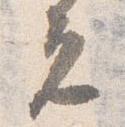
元